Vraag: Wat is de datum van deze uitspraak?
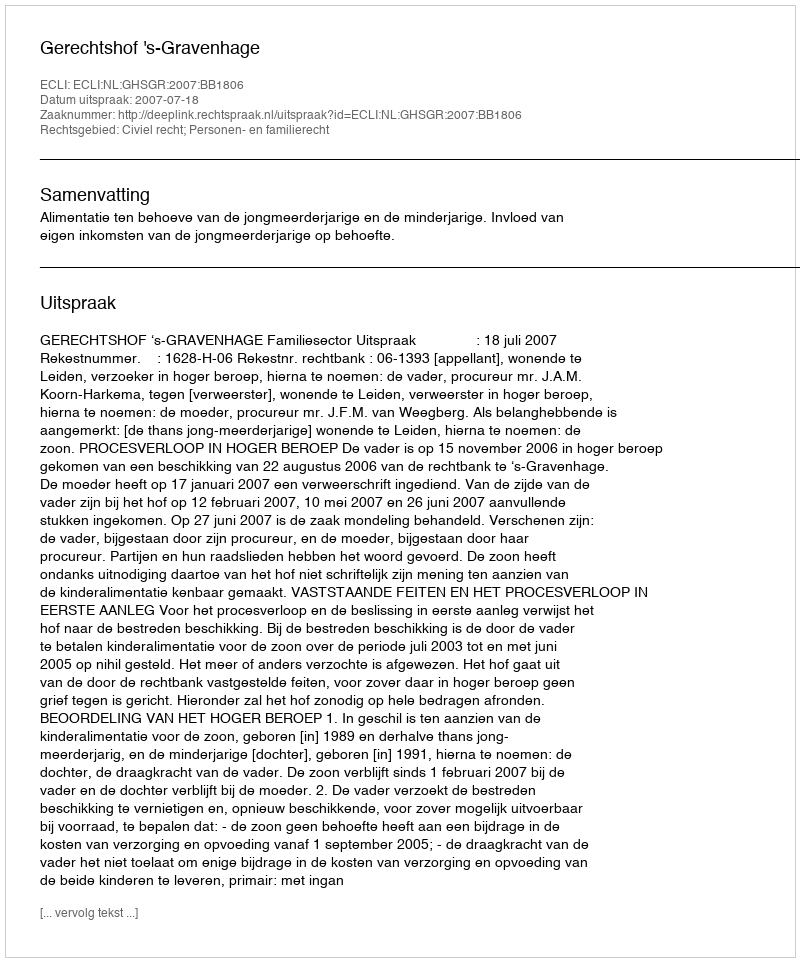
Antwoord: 2007-07-18